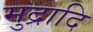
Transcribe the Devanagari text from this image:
मुद्रादि